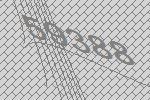
59388